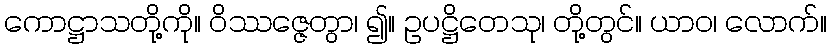
ကောဋ္ဌာသတို့ကို။ ဝိဿဇ္ဇေတွာ၊ ၍။ ဥပဋ္ဌိတေသု၊ တို့တွင်။ ယာဝ၊ လောက်။